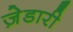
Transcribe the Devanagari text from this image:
ज़ेडारी